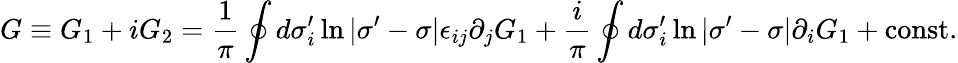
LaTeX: G\equiv G_{1}+iG_{2}=\frac{1}{\pi}\oint d\sigma_{i}^{\prime}\ln|\sigma^{\prime}-\sigma|\epsilon_{ij}\partial_{j}G_{1}+\frac{i}{\pi}\oint d\sigma_{i}^{\prime}\ln|\sigma^{\prime}-\sigma|\partial_{i}G_{1}+\mathrm{const.}